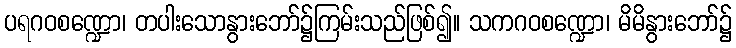
ပရဂဝစဏ္ဍော၊ တပါးသောနွားဘော်၌ကြမ်းသည်ဖြစ်၍။ သကဂဝစဏ္ဍော၊ မိမိနွားဘော်၌